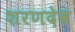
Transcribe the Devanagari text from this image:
शरणदेव